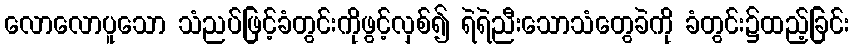
လောလောပူသော သံညပ်ဖြင့်ခံတွင်းကိုဖွင့်လှစ်၍ ရဲရဲညီးသောသံတွေခဲကို ခံတွင်း၌ထည့်ခြင်း